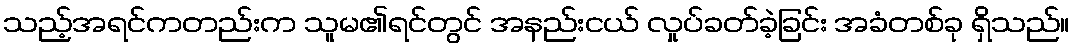
သည့်အရင်ကတည်းက သူမ၏ရင်တွင် အနည်းငယ် လှုပ်ခတ်ခဲ့ခြင်း အခံတစ်ခု ရှိသည်။